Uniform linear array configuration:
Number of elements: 48
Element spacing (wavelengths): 1
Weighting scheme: exponential
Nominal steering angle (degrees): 45
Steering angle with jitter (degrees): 45.822
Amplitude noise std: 0.05
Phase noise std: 0.05

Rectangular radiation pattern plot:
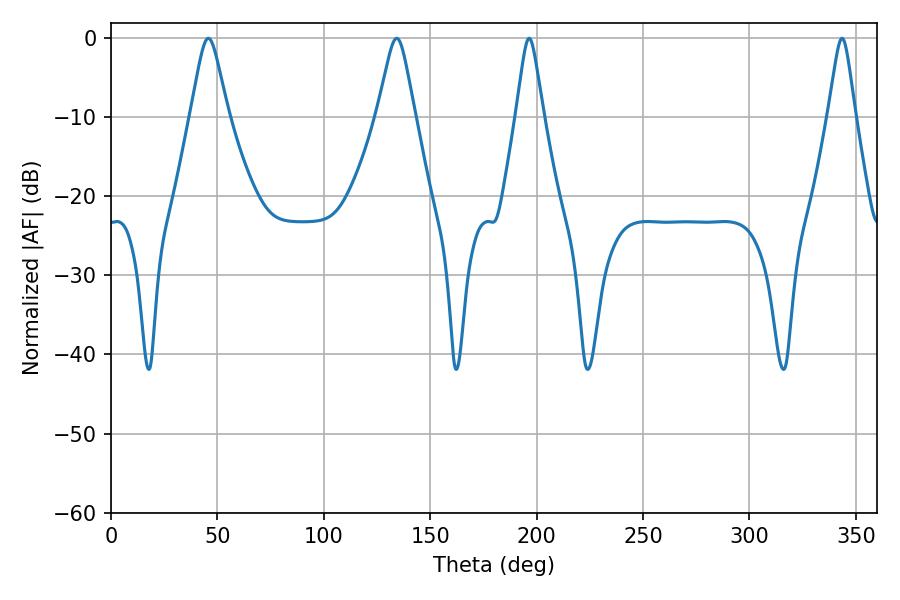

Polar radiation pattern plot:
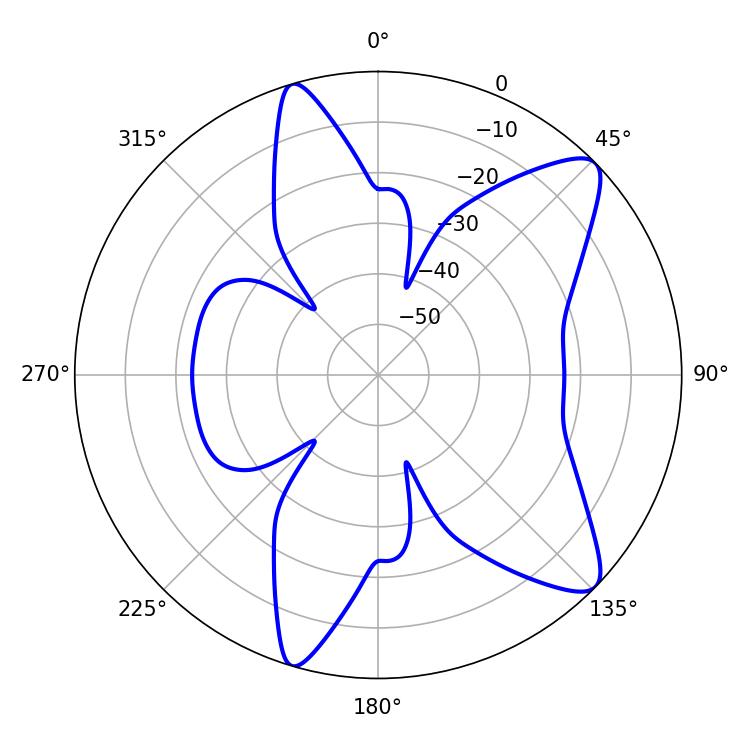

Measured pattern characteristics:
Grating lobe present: TRUE
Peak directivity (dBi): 10.356
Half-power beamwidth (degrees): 8.28
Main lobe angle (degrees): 45.72